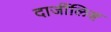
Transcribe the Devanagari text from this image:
दार्जीलिङ्ग